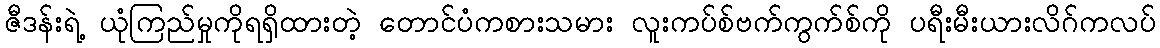
ဇီဒန်းရဲ့ ယုံကြည်မှုကိုရရှိထားတဲ့ တောင်ပံကစားသမား လူးကပ်စ်ဗက်ကွက်စ်ကို ပရီးမီးယားလိဂ်ကလပ်